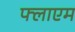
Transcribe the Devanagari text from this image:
फ्लाएम